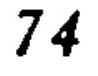
\(74\)